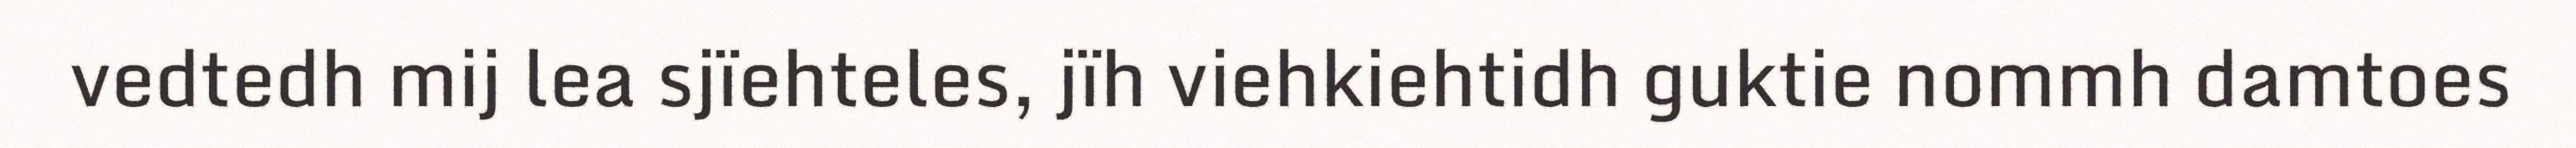
vedtedh mij lea sjïehteles, jïh viehkiehtidh guktie nommh damtoes